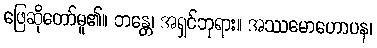
ဖြေဆိုတော်မူ၏။ ဘန္တေ၊ အရှင်ဘုရား။ အဿမောဟောပန၊